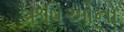
ઋષિઓનો